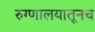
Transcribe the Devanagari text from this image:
रुग्णालयातूनच